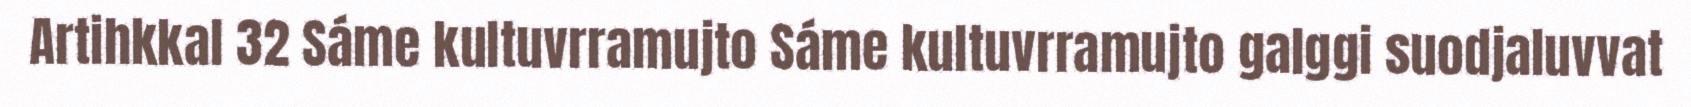
Artihkkal 32 Sáme kultuvrramujto Sáme kultuvrramujto galggi suodjaluvvat